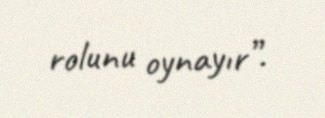
rolunu oynayır”.